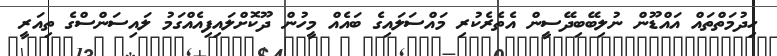
ހިދުމަތްތައް އައްޑޫން ނުލިބޭބިދޭސީން އެތެރެކުރި މައްސަލައިގެ ބައެއް މީހުން ދޫކޮށްލައިފިއެއްގަމު ލައިސަންސްގެ ތިއަރީ